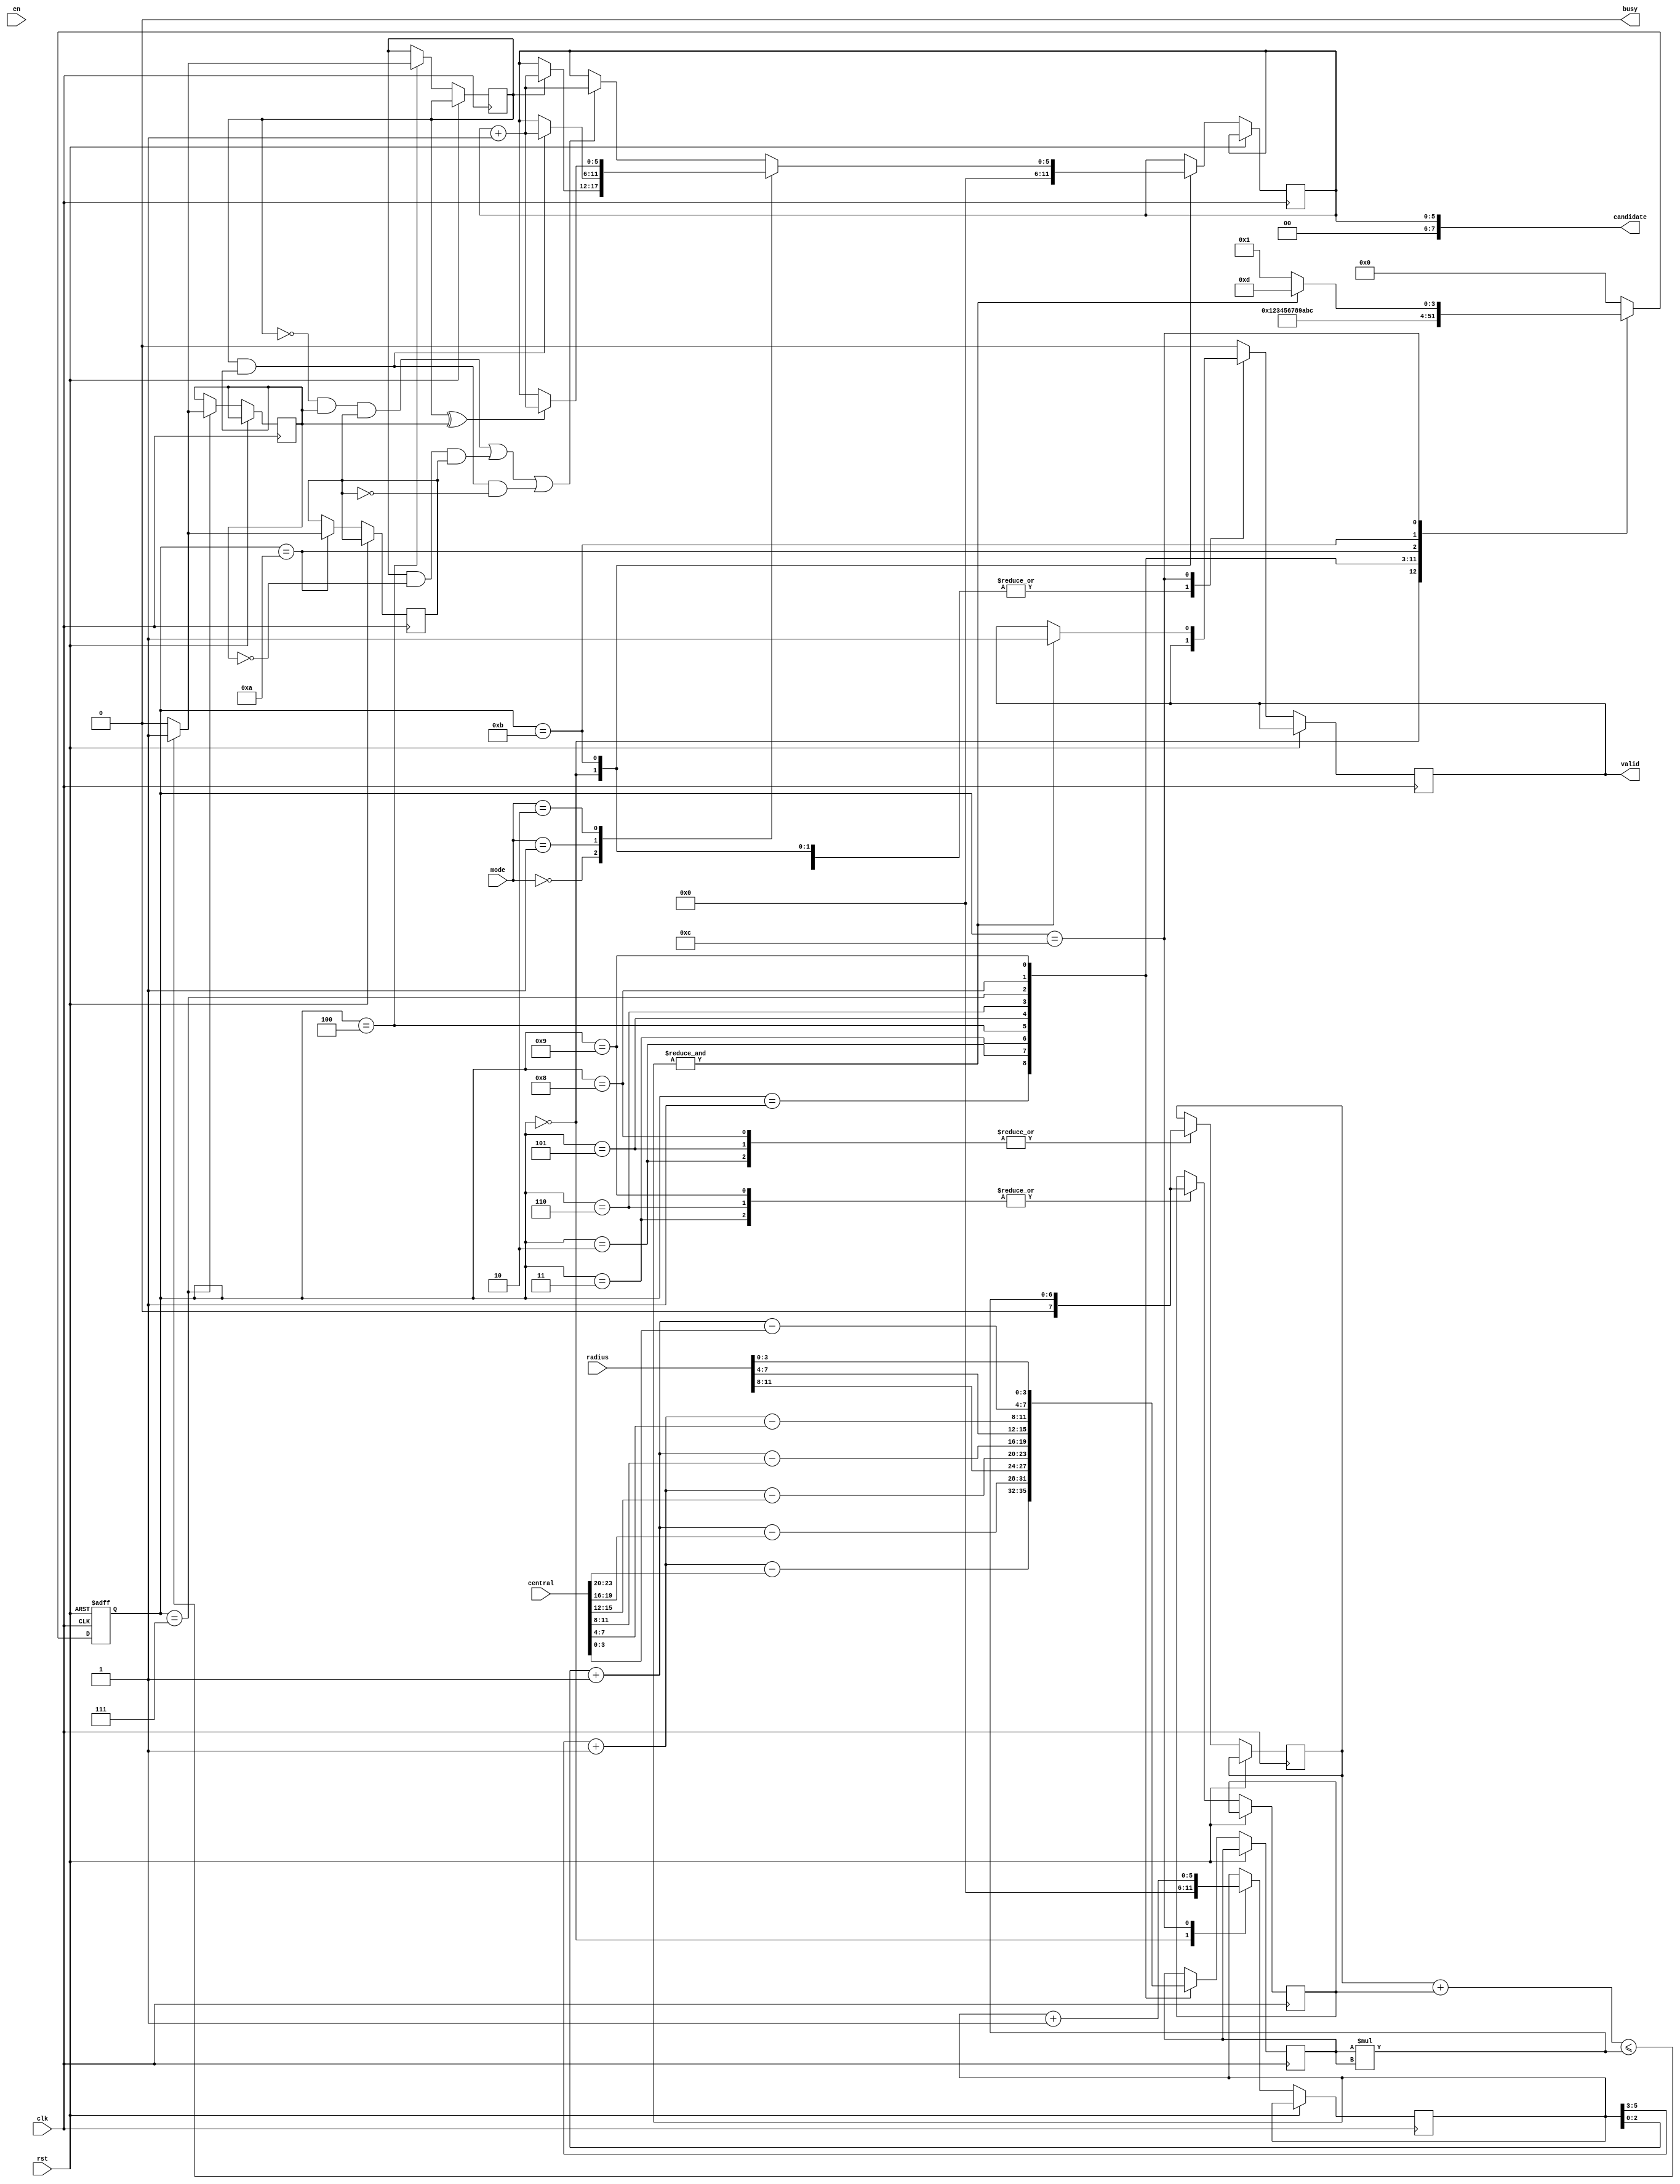
module SET ( clk , rst, en, central, radius, mode, busy, valid, candidate );

input clk, rst;
input en;
input [23:0] central;
input [11:0] radius;
input [1:0] mode;
output busy;
output reg valid;
output [7:0] candidate;
reg [3:0] state;

wire [3:0] x, y;
reg [7:0] dis_square_x, dis_square_y;
reg signed [3:0] A;
reg [5:0] counter, xy_count;
wire [6:0] mul;

assign candidate = counter;
assign mul = A*A;
assign busy = 0;
assign x = xy_count[5:3] + 1'b1;
assign y = xy_count[2:0] + 1'b1;

reg a, b, c;

always @ (posedge clk or posedge rst) begin
	if(rst) begin
		//valid <= 0;
		state <= 0;
	end
	else begin
		case(state)
			// x
			0: begin
				state <= 1;
				counter <= 0;
				xy_count <= 0;
			end
			1: begin
				A <= x-central[23:20];
				state <= 2;
			end
			2: begin
				dis_square_x <= mul;
				A <= y-central[19:16];
				state <= 3;
			end
			3: begin
				dis_square_y <= mul;
				A <= radius[11:8];
				state <= 4;
			end
			4: begin
				a <= dis_square_x + dis_square_y <= mul ? 1 : 0;
				A <= x-central[15:12];
				state <= 5;
			end
			
			// y
			5: begin
				dis_square_x <= mul;
				A <= y-central[11:8];
				state <= 6;
			end
			6: begin
				dis_square_y <= mul;
				A <= radius[7:4];
				state <= 7;
			end
			7: begin
				b <= dis_square_x + dis_square_y <= mul ? 1 : 0;
				A <= x-central[7:4];
				state <= 8;
			end
			
			// z
			8: begin
				dis_square_x <= mul;
				A <= y-central[3:0];
				state <= 9;
			end
			9: begin
				dis_square_y <= mul;
				A <= radius[3:0];
				state <= 10;
			end
			10: begin
				c <= dis_square_x + dis_square_y <= mul ? 1 : 0;
				state <= 11;
			end
			
			11: begin
				case(mode)
					2'b00: begin
						if(a)
							counter <= counter+1;
					end
					2'b01: begin
						if(a&b)
							counter <= counter+1;
					end
					2'b10: begin
						if(a^b)
							counter <= counter+1;
					end
					default: begin
						if((!a&b&c)|(a&!b&c)|(a&b&!c))
							counter <= counter+1;
					end
				endcase
				state <= 12;
			end
			12: begin
				if(&xy_count) begin
					valid <= 1;
					state <= 13;
				end
				else begin
					state <= 1;
				end
				xy_count <= xy_count+1;
			end
			default: begin
				valid <= 0;
				state <= 0;
			end
		
		endcase
		
	end
end


endmodule